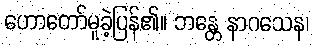
ဟောတော်မူခဲ့ပြန်၏။ ဘန္တေ နာဂသေန၊